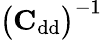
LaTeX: \big(\mathrm{\textbf{C}}_{\mathrm{dd}}\big)^{-1}